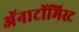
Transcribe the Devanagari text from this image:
अॅनाटॉमिस्ट